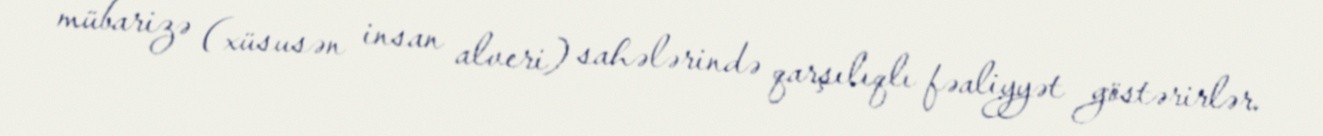
mübarizə (xüsusən insan alveri) sahələrində qarşılıqlı fəaliyyət göstərirlər.